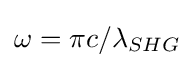
\omega =\pi c/\lambda _{SHG}